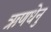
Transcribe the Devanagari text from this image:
ऋणधेनु